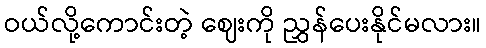
ဝယ်လို့ကောင်းတဲ့ ဈေးကို ညွှန်ပေးနိုင်မလား။